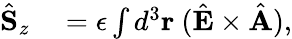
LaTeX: \begin{array}{rl}{\hat{\mathbf S}_{z}}&{{}=\epsilon\int d^{3}{\mathbf r}\ (\hat{\mathbf E}\times\hat{\mathbf A}),}\end{array}